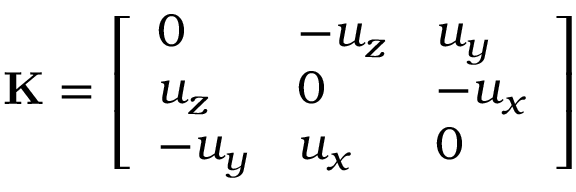
\mathbf { K } = \left[ \begin{array} { l l l } { 0 } & { - u _ { z } } & { u _ { y } } \\ { u _ { z } } & { 0 } & { - u _ { x } } \\ { - u _ { y } } & { u _ { x } } & { 0 } \end{array} \right]